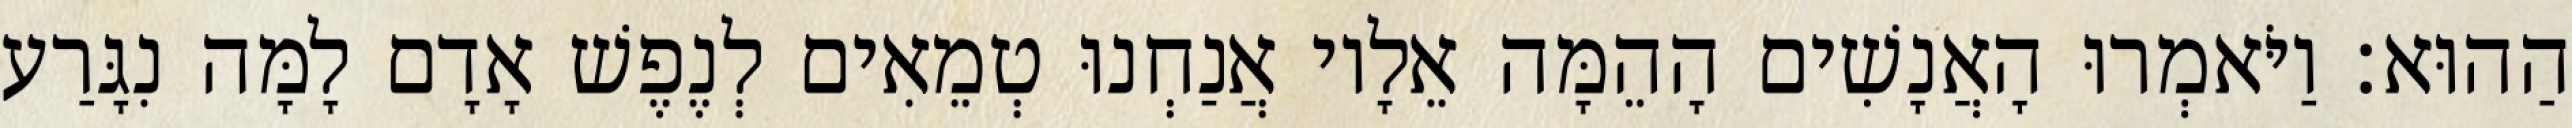
הַהוּא׃ וַיֹּאמְרוּ הָאֲנָשִׁים הָהֵמָּה אֵלָיו אֲנַחְנוּ טְמֵאִים לְנֶפֶשׁ אָדָם לָמָּה נִגָּרַע